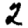
Digit: 2